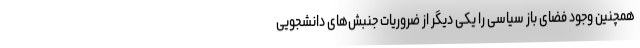
همچنین وجود فضای باز سیاسی را یکی دیگر از ضروریات جنبش‌های دانشجویی